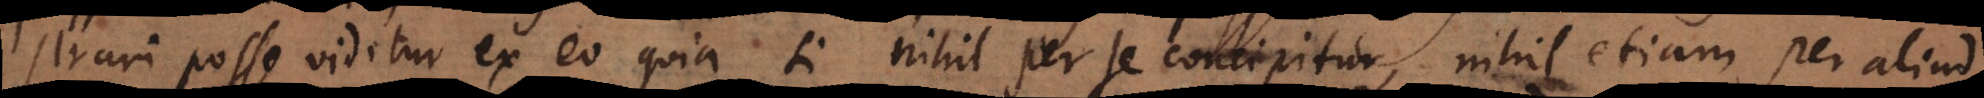
strari posse videtur ex eo quia si nihil per se concipitur, nihil etiam per aliud